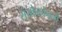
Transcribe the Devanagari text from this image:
संयोगकेवली